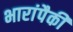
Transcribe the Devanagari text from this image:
भारांपैकी